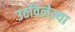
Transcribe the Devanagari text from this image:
उठविलेल्या